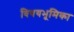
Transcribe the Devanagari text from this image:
विषयभूमिका